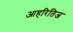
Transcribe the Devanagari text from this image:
आहरितिज